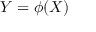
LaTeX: Y = \phi ( X )